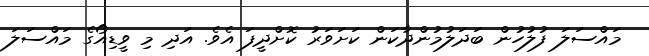
މައްސަލަ ފުލުހުން ބަދަލުމުންދާކަން ކަށަވަރު ކޮށްދީފަ އެވެ. އަދި މި ވީޑިއޯގެ މައްސަލަ